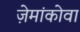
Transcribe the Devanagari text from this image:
ज़ेमांकोवा